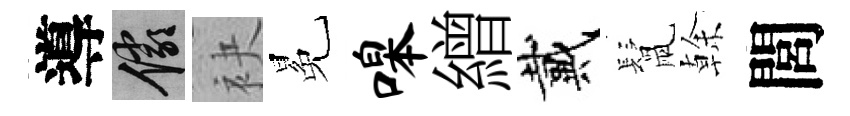
導儼袂冕嗥繒戴鬛𠏉閭